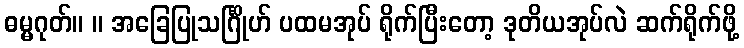
ဓမ္မဂုတ်။ ။ အခြေပြုသင်္ဂြိုဟ် ပထမအုပ် ရိုက်ပြီးတော့ ဒုတိယအုပ်လဲ ဆက်ရိုက်ဖို့